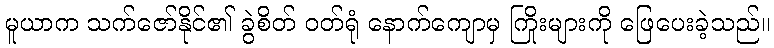
မူယာက သက်ဇော်နိုင်၏ ခွဲစိတ် ဝတ်ရုံ နောက်ကျောမှ ကြိုးများကို ဖြေပေးခဲ့သည်။